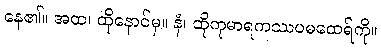
နေ၏။ အထ၊ ထိုနောင်မှ။ နံ၊ ထိုကုမာရကဿပမထေရ်ကို။